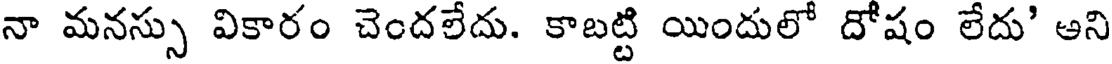
నా మనస్సు వికారం చెందలేదు. కాబట్టి యిందులో దోషం లేదు' ఆని